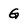
Character: G